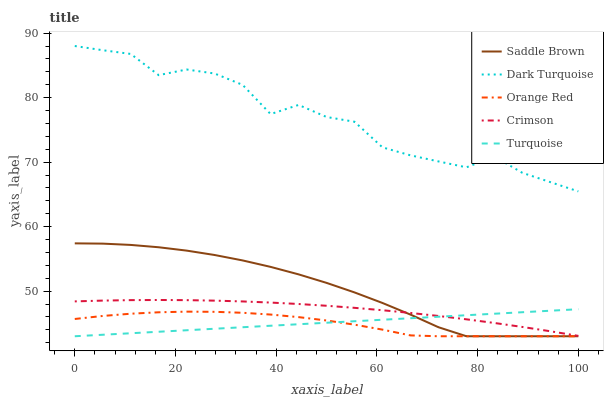
| xaxis_label | Saddle Brown | Dark Turquoise | Orange Red | Crimson | Turquoise |
 | --- | --- | --- | --- | --- | --- |
 | 0 | 57.4 | 88 | 45.7 | 48.4 | 43 |
 | 5.56 | 57.4 | 87.3 | 46.1 | 48.5 | 43.2 |
 | 11.1 | 57.2 | 86.8 | 46.5 | 48.6 | 43.5 |
 | 16.7 | 56.8 | 83.5 | 46.7 | 48.6 | 43.7 |
 | 22.2 | 56.3 | 84.4 | 46.8 | 48.6 | 43.9 |
 | 27.8 | 55.6 | 83.7 | 46.8 | 48.5 | 44.2 |
 | 33.3 | 54.8 | 82 | 46.6 | 48.4 | 44.4 |
 | 38.9 | 53.8 | 77.4 | 46.4 | 48.2 | 44.6 |
 | 44.4 | 52.6 | 78.9 | 46 | 48 | 44.9 |
 | 50 | 51.3 | 77 | 45.4 | 47.7 | 45.1 |
 | 55.6 | 49.8 | 76.3 | 44.8 | 47.4 | 45.3 |
 | 61.1 | 48.2 | 72.3 | 44 | 47 | 45.6 |
 | 66.7 | 46.4 | 71 | 43.1 | 46.6 | 45.8 |
 | 72.2 | 44.4 | 70.1 | 43 | 46.1 | 46 |
 | 77.8 | 43 | 69.2 | 43 | 45.6 | 46.3 |
 | 83.3 | 43 | 70.9 | 43 | 45.1 | 46.5 |
 | 88.9 | 43 | 68.3 | 43 | 44.4 | 46.7 |
 | 94.4 | 43 | 66.9 | 43 | 43.8 | 47 |
 | 100 | 43 | 65.5 | 43 | 43.1 | 47.2 |